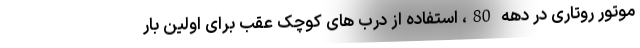
موتور روتاری در دهه 80، استفاده از درب های کوچک عقب برای اولین بار